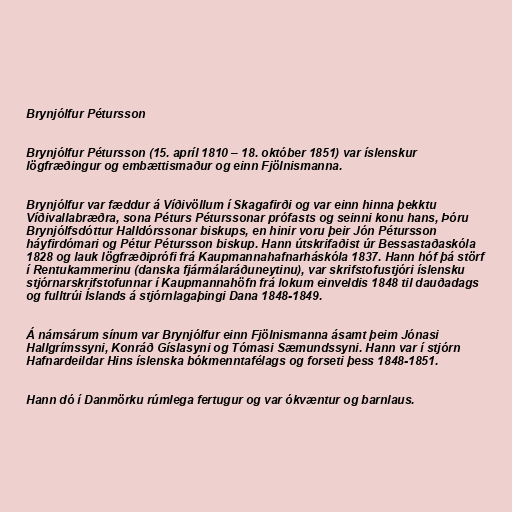
Brynjólfur Pétursson

Brynjólfur Pétursson (15. apríl 1810 – 18. október 1851) var íslenskur
lögfræðingur og embættismaður og einn Fjölnismanna.

Brynjólfur var fæddur á Víðivöllum í Skagafirði og var einn hinna þekktu
Víðivallabræðra, sona Péturs Péturssonar prófasts og seinni konu hans, Þóru
Brynjólfsdóttur Halldórssonar biskups, en hinir voru þeir Jón Pétursson
háyfirdómari og Pétur Pétursson biskup. Hann útskrifaðist úr Bessastaðaskóla
1828 og lauk lögfræðiprófi frá Kaupmannahafnarháskóla 1837. Hann hóf þá störf
í Rentukammerinu (danska fjármálaráðuneytinu), var skrifstofustjóri íslensku
stjórnarskrifstofunnar í Kaupmannahöfn frá lokum einveldis 1848 til dauðadags
og fulltrúi Íslands á stjórnlagaþingi Dana 1848-1849.

Á námsárum sínum var Brynjólfur einn Fjölnismanna ásamt þeim Jónasi
Hallgrímssyni, Konráð Gíslasyni og Tómasi Sæmundssyni. Hann var í stjórn
Hafnardeildar Hins íslenska bókmenntafélags og forseti þess 1848-1851.

Hann dó í Danmörku rúmlega fertugur og var ókvæntur og barnlaus.